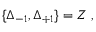
\{ \Delta _ { - 1 } , \Delta _ { + 1 } \} = Z \ ,